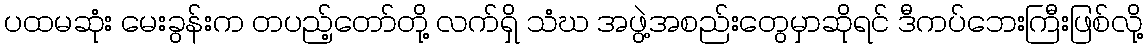
ပထမဆုံး မေးခွန်းက တပည့်တော်တို့ လက်ရှိ သံဃ အဖွဲ့အစည်းတွေမှာဆိုရင် ဒီကပ်ဘေးကြီးဖြစ်လို့